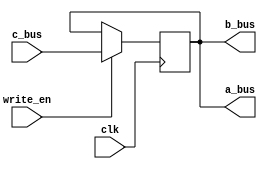
module reg_a(a_bus,b_bus,c_bus,write_en,clk);
	input clk;
	input write_en;
	input [15:0] c_bus;
	output[15:0] a_bus,b_bus;
	reg [15:0] memory=1;
	
	always @(posedge clk)
		begin
			if(write_en)
				memory=c_bus;
				$display("reg_a memory= %1d",memory);
		end
		
	assign a_bus=memory;
	assign b_bus=memory;
endmodule